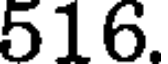
516.